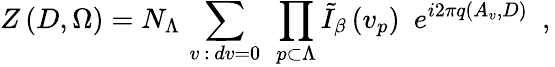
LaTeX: \left.Z\, (D,\Omega)=N_{\Lambda}\, \sum_{v\, :\, dv=0}\ \prod_{p\subset\Lambda}\tilde{I}_{\beta}\, (v_{p})\ \ e^{i2\pi q(A_{v},D)}\ \ ,\right.